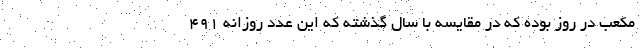
مکعب در روز بوده که در مقایسه با سال گذشته که این عدد روزانه ۴۹۱